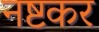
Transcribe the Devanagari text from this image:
नष्टकर